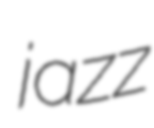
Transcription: jazz